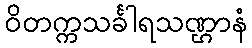
ဝိတက္ကသင်္ခါရသဏ္ဌာနံ